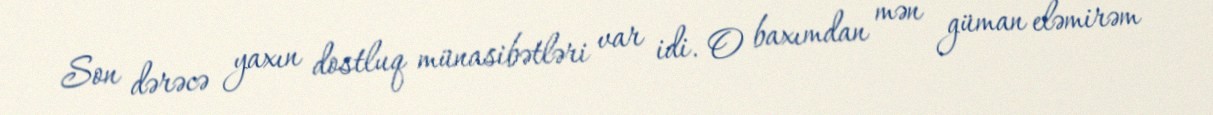
Son dərəcə yaxın dostluq münasibətləri var idi. O baxımdan mən güman eləmirəm